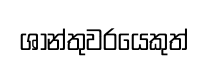
ශාන්තුවරයෙකුත්